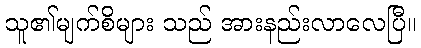
သူ၏မျက်စိများ သည် အားနည်းလာလေပြီ။